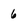
Character: 6